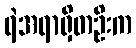
ရဲအရာရှိတဦးက